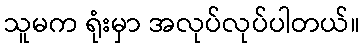
သူမက ရုံးမှာ အလုပ်လုပ်ပါတယ်။